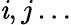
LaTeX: \mathit{i},j\dots